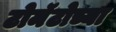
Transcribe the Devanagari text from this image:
टोमॅटोच्या